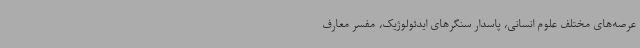
عرصه‌های مختلف علوم انسانی، پاسدار سنگرهای ایدئولوژیک، مفسر معارف